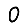
Digit: 0